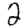
Digit: 2